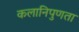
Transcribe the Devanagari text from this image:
कलानिपुणता